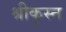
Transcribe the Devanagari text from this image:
श्रीकृस्‍न